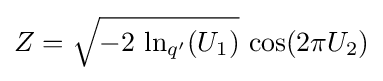
Z={\sqrt {-2{\text{ ln}}_{q'}(U_{1})}}{\text{ cos}}(2\pi U_{2})